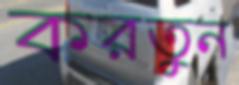
করতুন